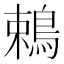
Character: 鵣